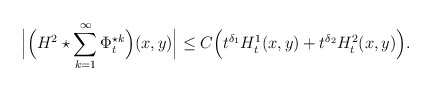
\begin{align*}\Big| \Big( H^2 \star \sum_{k=1}^\infty \Phi_t^{\star k}\Big)(x,y)\Big|\leq C \Big(t^{\delta_1}H_t^{1}(x,y) + t^{\delta_2} H_t^2(x,y)\Big).\end{align*}